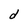
Character: d